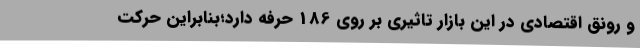
و رونق اقتصادی در این بازار تاثیری بر روی 186 حرفه دارد؛بنابراین حرکت